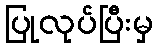
ပြုလုပ်ပြီးမှ